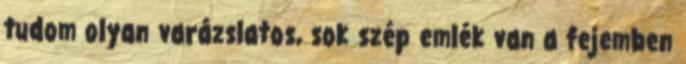
tudom olyan varázslatos, sok szép emlék van a fejemben